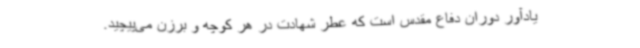
یادآور دوران دفاع مقدس است که عطر شهادت در هر کوچه و برزن می‌پیچید.